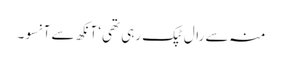
منہ سے رال ٹپک رہی تھی‘ آنکھ سے آنسو۔